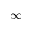
\infty